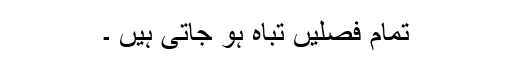
تمام فصلیں تباہ ہو جاتی ہیں ۔